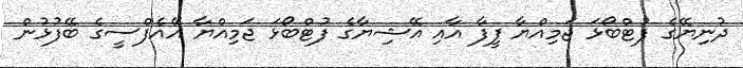
ދުނިޔޭގެ ފުޓްބޯޅަ ޖަމިއްޔާ ފީފާ އާއި އޭޝިޔާގެ ފުޓްބޯޅަ ޖަމިއްޔާ އޭއެފްސީގެ ބޭފުޅުން